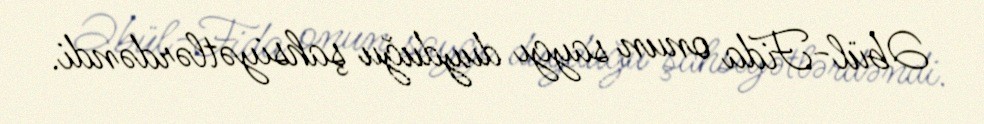
Əbül-Fida onun saygı duyduğu şahsiyətlərdəndi.